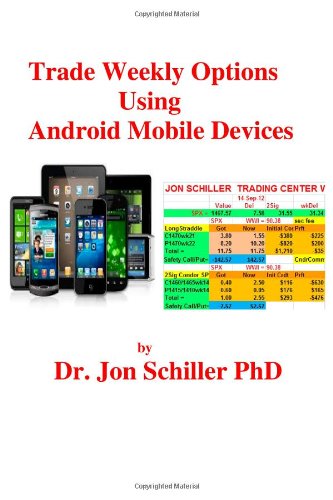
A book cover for Trade Weekly Options  Using Android Mobile Devices; Dr. Jon Schiller PhD; Computers & Technology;